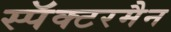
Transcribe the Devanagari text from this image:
स्पॅक्टरमैन